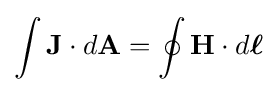
\int \mathbf {J} \cdot d\mathbf {A} =\oint \mathbf {H} \cdot d{\boldsymbol {\ell }}